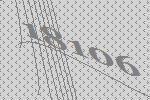
18106